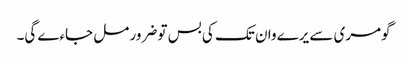
گومری سے یرے وان تک کی بس تو ضرور مل جاءے گی۔